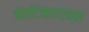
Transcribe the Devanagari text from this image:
ॲन्टिक्वार्क्स